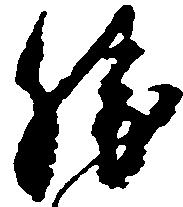
勝